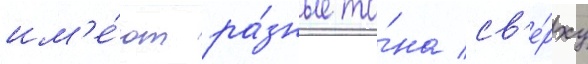
им'е́ют ра́зные то́на св'е́рху